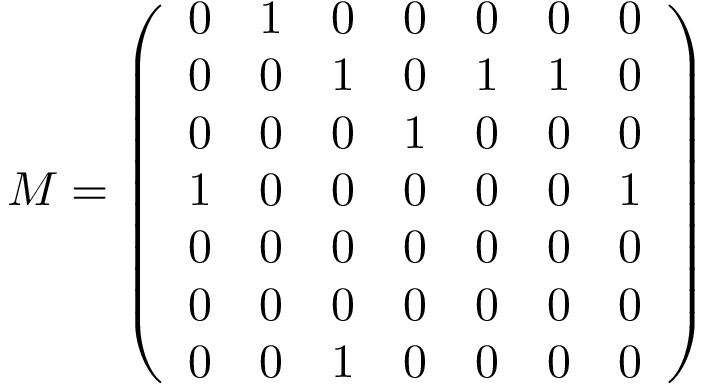
M = \left( \begin{array} { c c c c c c c } { 0 } & { 1 } & { 0 } & { 0 } & { 0 } & { 0 } & { 0 } \\ { 0 } & { 0 } & { 1 } & { 0 } & { 1 } & { 1 } & { 0 } \\ { 0 } & { 0 } & { 0 } & { 1 } & { 0 } & { 0 } & { 0 } \\ { 1 } & { 0 } & { 0 } & { 0 } & { 0 } & { 0 } & { 1 } \\ { 0 } & { 0 } & { 0 } & { 0 } & { 0 } & { 0 } & { 0 } \\ { 0 } & { 0 } & { 0 } & { 0 } & { 0 } & { 0 } & { 0 } \\ { 0 } & { 0 } & { 1 } & { 0 } & { 0 } & { 0 } & { 0 } \end{array} \right)